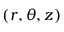
( r , \theta , z )